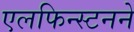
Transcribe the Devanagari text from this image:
एलफिन्स्टनने